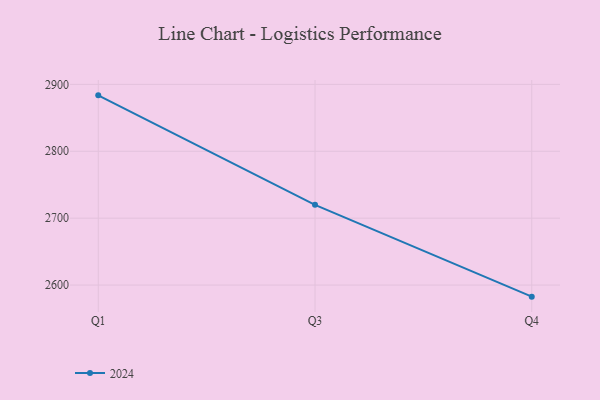
{"axis": {"x": "Quarter", "y": "Operating Costs (USD K)"}, "legend": ["2024"], "data": [{"x": "Q1", "y": 2883.6, "type": "2024"}, {"x": "Q3", "y": 2719.9, "type": "2024"}, {"x": "Q4", "y": 2582.7, "type": "2024"}]}